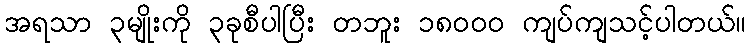
အရသာ ၃မျိုးကို ၃ခုစီပါပြီး တဘူး ၁၈၀၀၀ ကျပ်ကျသင့်ပါတယ်။